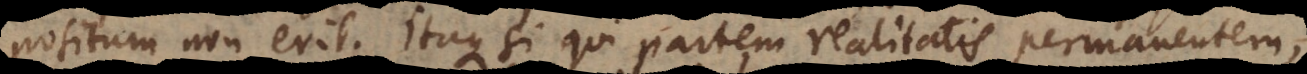
positum non erit. Itaque si qui partem realitatis permanentem,